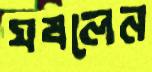
ঘষলেন